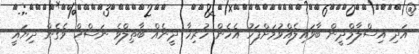
އަދި އިސްލާމްދީން ބާވައިލެއްވުމަށްފަހު އެހެން ހުރިހާ ދީނެއް ބާޠިލްވެ ނަސްޚް ވެގެން ދިޔައީ